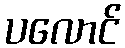
ပလောင်